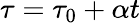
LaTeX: \tau=\tau_{0}+\alpha t